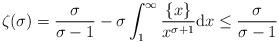
LaTeX: \begin{align*}\zeta(\sigma)={\sigma\over\sigma-1}-\sigma\int_1^\infty{\{x\}\over x^{\sigma+1}}\mathrm dx\le{\sigma\over\sigma-1}\end{align*}